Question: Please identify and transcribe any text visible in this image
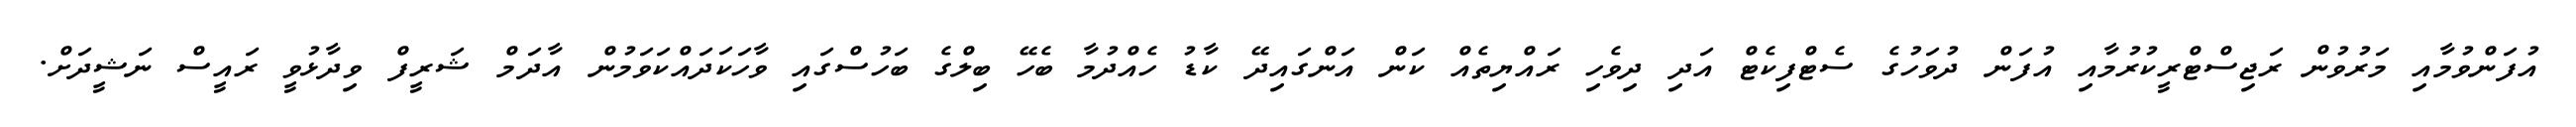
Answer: އުފަންވުމާއި މަރުވުން ރަޖިސްޓްރީކުރުމާއި އުފަން ދުވަހުގެ ސެޓްފިކެޓް އަދި ދިވެހި ރައްޔިތެއް ކަން އަންގައިދޭ ކާޑު ހެއްދުމާ ބެހޭ ބިލްގެ ބަހުސްގައި ވާހަކަދައްކަވަމުން އާދަމް ޝަރީފް ވިދާޅުވީ ރައީސް ނަޝީދަށް.